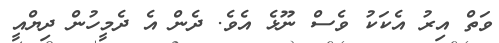
ވަތް އިރު އެކަކު ވެސް ނޫޅެ އެވެ. ދެން އެ ދެމީހުން ދިޔްއީ